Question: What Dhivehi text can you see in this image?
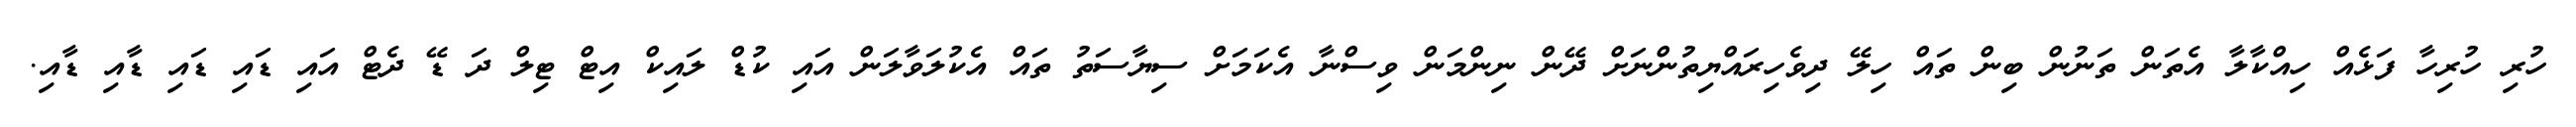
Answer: ހުރި ހުރިހާ ފަޅެއް ހިއްކާލާ އެތަން ތަނުން ބިން ތައް ހިލޭ ދިވެހިރައްޔިތުންނަށް ދޭން ނިންމަން ވިސްނާ އެކަމަށް ސިޔާސަތު ތައް އެކުލަވާލަން އައި ކުޑް ލައިކް އިޓް ޓިލް ދަ ޑޭ ދެޓް އައި ޑައި ޑައި ޑާއި ޑާއި.